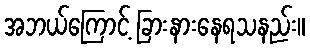
အဘယ်ကြောင့် ခြားနားနေရသနည်း။